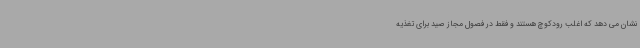
نشان می دهد که اغلب رودکوچ هستند و فقط در فصول مجاز صید برای تغذیه